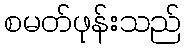
စမတ်ဖုန်းသည်